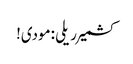
کشمیر ریلی :مودی!